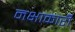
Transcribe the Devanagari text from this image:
नक्षाकारी